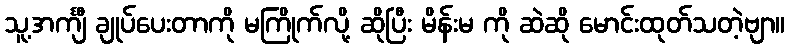
သူ့အင်္ကျီ ချုပ်ပေးတာကို မကြိုက်လို့ ဆိုပြီး မိန်းမ ကို ဆဲဆို မောင်းထုတ်သတဲ့ဗျာ။